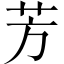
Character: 芳